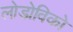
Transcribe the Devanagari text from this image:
लोडोविको